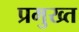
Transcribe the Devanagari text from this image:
प्रमुख्त